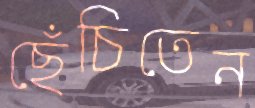
ছেঁচিতেন